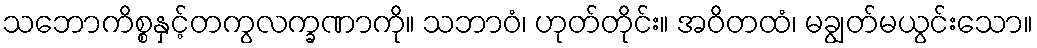
သဘောကိစ္စနှင့်တကွလက္ခဏာကို။ သဘာဝံ၊ ဟုတ်တိုင်း။ အဝိတထံ၊ မချွတ်မယွင်းသော။